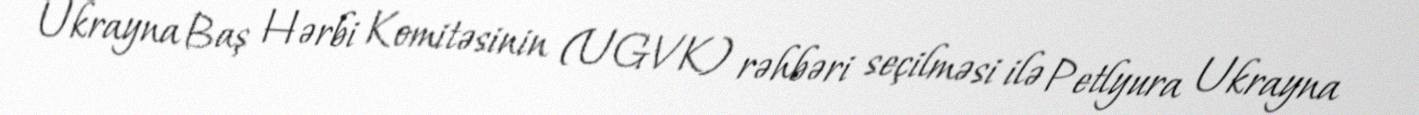
Ukrayna Baş Hərbi Komitəsinin (UGVK) rəhbəri seçilməsi ilə Petlyura Ukrayna